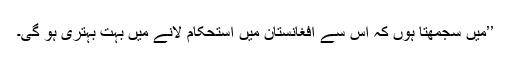
’’میں سجمھتا ہوں کہ اس سے افغانستان میں استحکام لانے میں بہت بہتری ہو گی۔